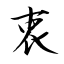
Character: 衷